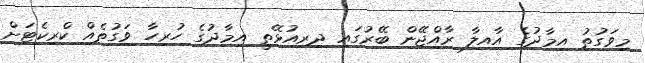
މިވަގުތު އިމާދުގެ އާއިލާ ރާއްޖޭން ބޭރުގައި ދިރިއުޅޭތީ އިމާދުގެ ހުރިހާ ވަގުތެއް ކްރިކެޓަށް